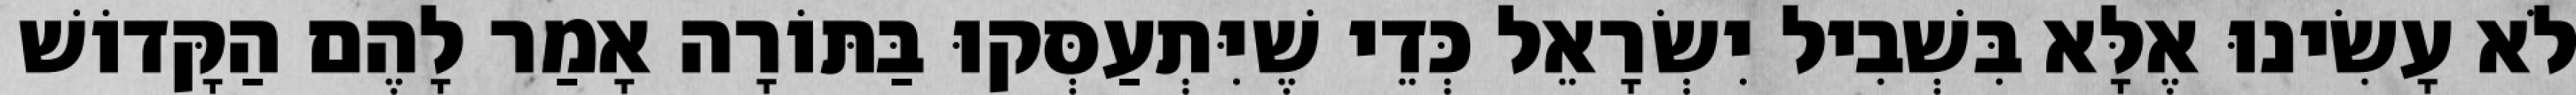
לֹא עָשִׂינוּ אֶלָּא בִּשְׁבִיל יִשְׂרָאֵל כְּדֵי שֶׁיִּתְעַסְּקוּ בַּתּוֹרָה אָמַר לָהֶם הַקָּדוֹשׁ